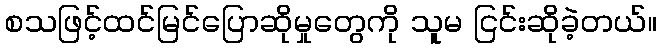
စသဖြင့်ထင်မြင်ပြောဆိုမှုတွေကို သူမ ငြင်းဆိုခဲ့တယ်။